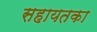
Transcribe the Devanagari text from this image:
सहायतका